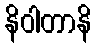
နိဝါတာနိ